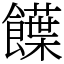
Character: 䭟